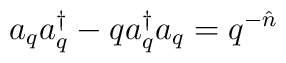
a_{q}a_{q}^{\dag}-qa_{q}^{\dag}a_{q}=q^{-\hat{n}}